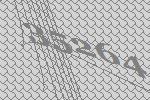
35264